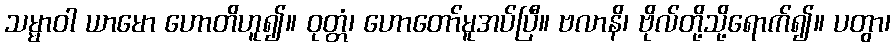
သမ္မာဝါ ယာမော ဟောတိဟူ၍။ ဝုတ္တံ၊ ဟောတော်မူအပ်ပြီ။ ဗလာနိ၊ ဗိုလ်တို့သို့ရောက်၍။ ပတွာ၊